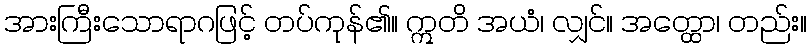
အားကြီးသောရာဂဖြင့် တပ်ကုန်၏။ ဣတိ အယံ၊ လျှင်။ အတ္ထော၊ တည်း။